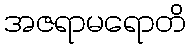
အဇရာမရောတိ